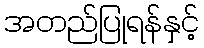
အတည်ပြုရန်နှင့်